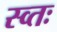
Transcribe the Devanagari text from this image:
स्व्तः